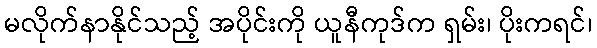
မလိုက်နာနိုင်သည့် အပိုင်းကို ယူနီကုဒ်က ရှမ်း၊ ပိုးကရင်၊